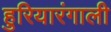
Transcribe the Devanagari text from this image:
हुरियारंगाली